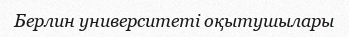
Берлин университеті оқытушылары